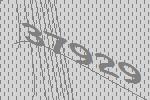
37929